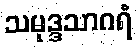
သမုဒ္ဒသာဂရံ